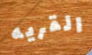
القريه